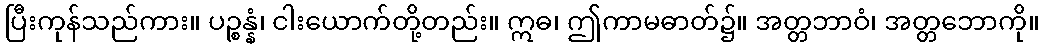
ပြီးကုန်သည်ကား။ ပဉ္စန္နံ၊ ငါးယောက်တို့တည်း။ ဣဓ၊ ဤကာမဓာတ်၌။ အတ္တဘာဝံ၊ အတ္တဘောကို။